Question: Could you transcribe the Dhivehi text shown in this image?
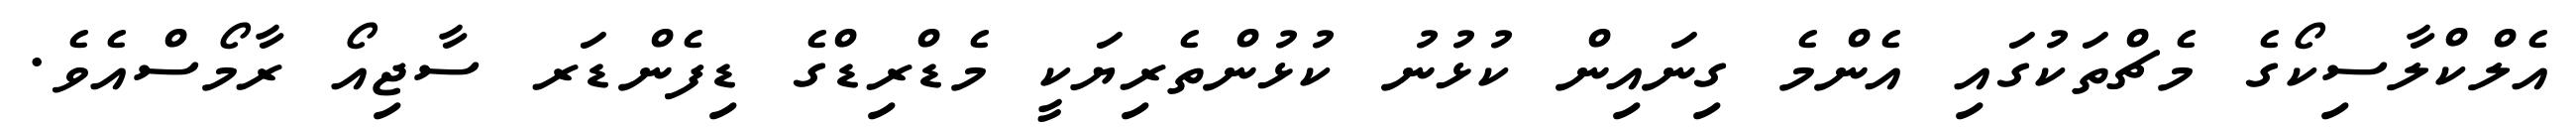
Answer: އެލްކްލާސިކޯގެ މެޗްތަކުގައި އެންމެ ގިނައިން ކުޅުނު ކުޅުންތެރިޔަކީ މެޑްރިޑްގެ ޑިފެންޑަރ ސާޖިއޯ ރާމޯސްއެވެ.